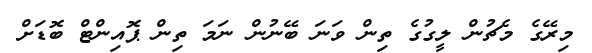
މިރޭގެ މެޗުން ލީގުގެ ތިން ވަނަ ބޭނުން ނަމަ ތިން ޕޮއިންޓް ބޮޑަށް